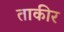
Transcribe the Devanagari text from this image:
ताकीर